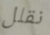
نقلل